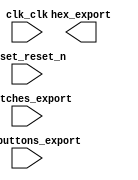

module nios_system (
	clk_clk,
	hex_export,
	pushbuttons_export,
	reset_reset_n,
	switches_export);	

	input		clk_clk;
	output	[6:0]	hex_export;
	input	[3:0]	pushbuttons_export;
	input		reset_reset_n;
	input	[7:0]	switches_export;
endmodule